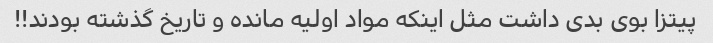
پیتزا بوى بدى داشت مثل اینکه مواد اولیه مانده و تاریخ گذشته بودند!!